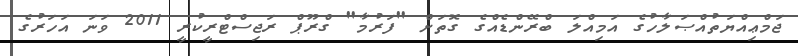
ޖަމްޢިއްޔަތުއްޞަލާހުގެ އަމިއްލަ ބްރޭންޑެއްގެ ގޮތަށް "ފަރުމާ" ގްރޫޕް ރަޖިސްޓްރީކުރީ 2011 ވަަނަ އަހަރުގެ